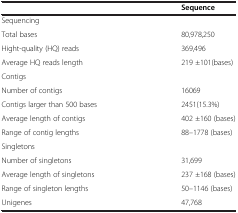
<table><thead><tr><td>[EMPTY_CELL]</td><td><b>Sequence</b></td></tr></thead><tbody><tr><td>Sequencing</td><td>[EMPTY_CELL]</td></tr><tr><td>Total bases</td><td>80,978,250</td></tr><tr><td>Hight-quality (HQ) reads</td><td>369,496</td></tr><tr><td>Average HQ reads length</td><td>219 ±101(bases)</td></tr><tr><td>Contigs</td><td>[EMPTY_CELL]</td></tr><tr><td>Number of contigs</td><td>16069</td></tr><tr><td>Contigs larger than 500 bases</td><td>2451(15.3%)</td></tr><tr><td>Average length of contigs</td><td>402 ±160 (bases)</td></tr><tr><td>Range of contig lengths</td><td>88–1778 (bases)</td></tr><tr><td>Singletons</td><td>[EMPTY_CELL]</td></tr><tr><td>Number of singletons</td><td>31,699</td></tr><tr><td>Average length of singletons</td><td>237 ±168 (bases)</td></tr><tr><td>Range of singleton lengths</td><td>50–1146 (bases)</td></tr><tr><td>Unigenes</td><td>47,768</td></tr></tbody></table>